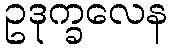
ဥဒုက္ခလေန